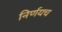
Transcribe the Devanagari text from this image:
निर्णयच